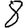
Digit: 8